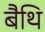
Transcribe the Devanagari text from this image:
बैथि